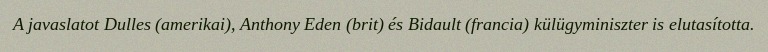
A javaslatot Dulles (amerikai), Anthony Eden (brit) és Bidault (francia) külügyminiszter is elutasította.